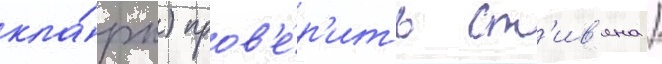
кла́рк) пров'е́р'ить ст'ив'ена /